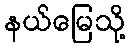
နယ်မြေသို့